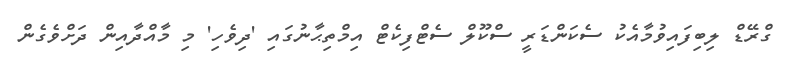
ގްރޭޑް ލިބިފައިވުމާއެކު ސެކަންޑަރީ ސްކޫލް ސެޓްފިކެޓް އިމްތިޙާނުގައި 'ދިވެހި' މި މާއްދާއިން ދަށްވެގެން